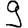
Digit: 9